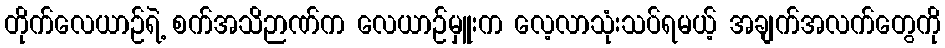
တိုက်လေယာဉ်ရဲ့ စက်အသိဉာဏ်က လေယာဉ်မှူးက လေ့လာသုံးသပ်ရမယ့် အချက်အလက်တွေကို